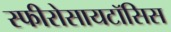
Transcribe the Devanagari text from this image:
स्फीरोसायटॉसिस